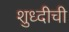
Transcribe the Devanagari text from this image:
शुध्दीची